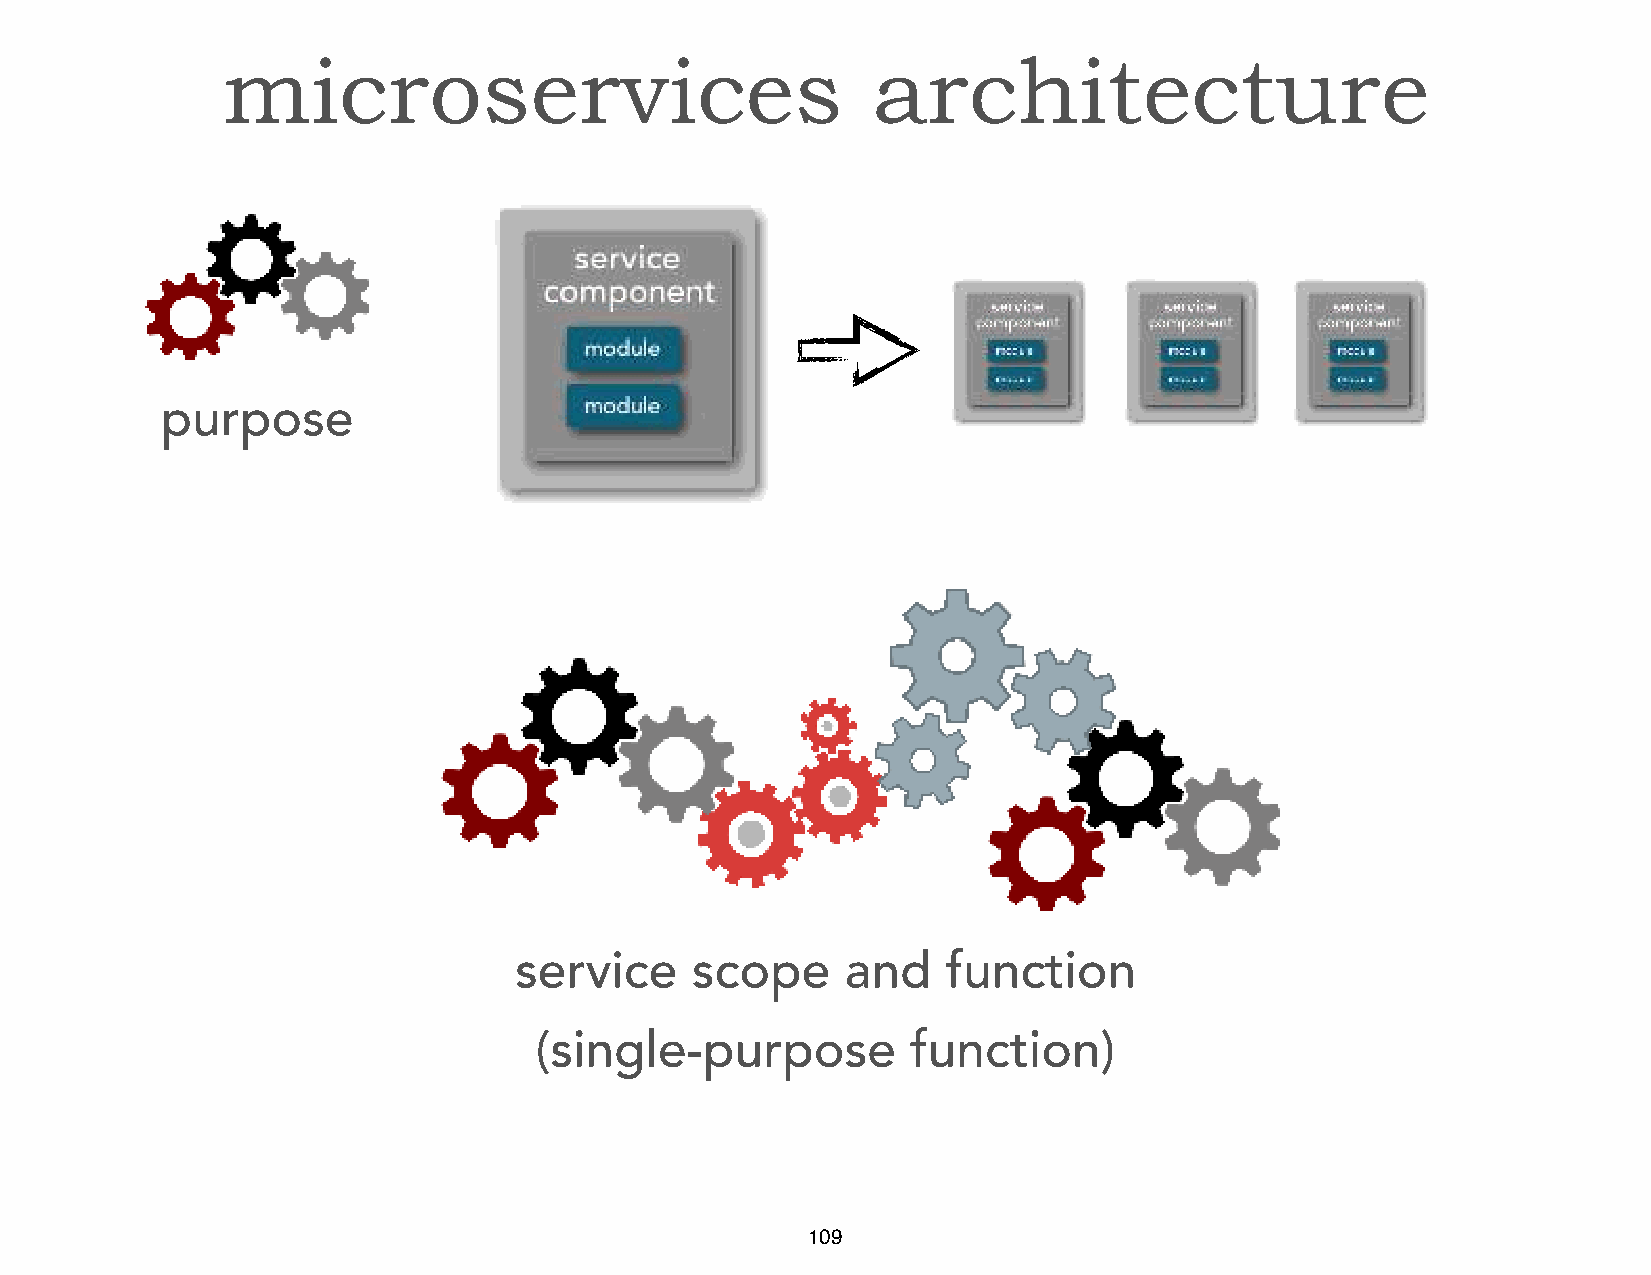
microservices                              architecture
 purpose
 service     scope     and    function
 (single-purpose          function)
 109